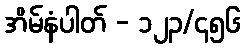
အိမ်နံပါတ် - ၁၂၃/၄၅၆